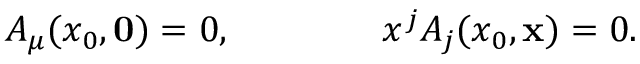
A _ { \mu } ( x _ { 0 } , { \bf 0 } ) = 0 , \qquad \qquad x ^ { j } A _ { j } ( x _ { 0 } , { \bf x } ) = 0 .